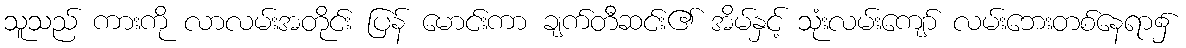
သူသည် ကားကို လာလမ်းအတိုင်း ပြန် မောင်းကာ ချက်တီဆင်း၏ အိမ်နှင့် သုံးလမ်းကျော် လမ်းဘေးတစ်နေရာ၌